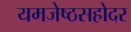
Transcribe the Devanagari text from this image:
यमजेष्ठसहोदर